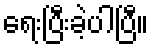
ရေးပြီးခဲ့ပါပြီ။